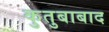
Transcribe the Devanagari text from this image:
कुतुबाबाद